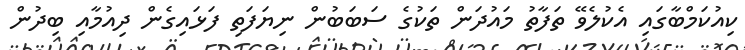
ކިއުކަމްބާގައި އެކުލެވޭ ތަފާތު މައުދަން ތަކުގެ ސަބަބުން ނިޔަފަތި ފަޅައިގެން ދިއުމާއި ބިދުން